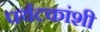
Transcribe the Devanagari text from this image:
पर्यटकांशी